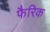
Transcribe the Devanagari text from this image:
फैरिक